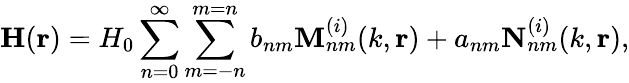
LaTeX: \mathbf{H}(\mathbf{r})=H_{0}\sum_{n=0}^{\infty}\sum_{m=-n}^{m=n}b_{nm}\mathbf{M}_{nm}^{(i)}(k,\mathbf{r})+a_{nm}\mathbf{N}_{nm}^{(i)}(k,\mathbf{r}),